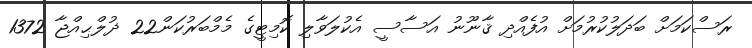
ރަސްކަމަށް ބަދަލުކުރުމަށް އުފެއްދި ޤާނޫނު އަސާސީ އެކުލަވާލި ކޮމިޓީގެ މެމްބަރުކަން22 ޛުލްޙިއްޖާ 1372